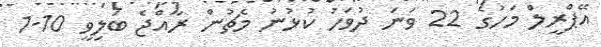
އޭޕްރީލް މަހުގެ 22 ވަނަ ދުވަހު ކުޅުނު މެޗުން ރާއްޖެ ބަލިވީ 10-1